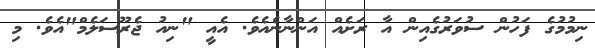
ނިމުމުގެ ފަހުން ސުވަރުގެއިން އާ ރަށެއް އަންނާނެއެވެ. އެއީ "ނިއު ޖެރޫސަލެމް"އެވެ. މި